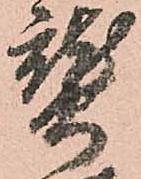
熟